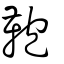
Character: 鞄